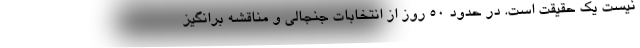
نیست یک حقیقت است. در حدود 50 روز از انتخابات جنجالی و مناقشه برانگیز